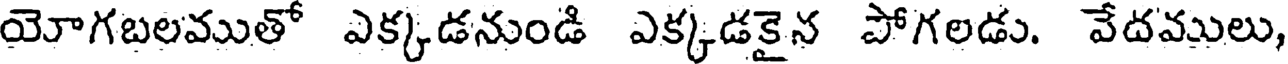
యోగబలముతో ఎక్కడనుండి ఎక్కడకైన పోగలడు. వేదములు,